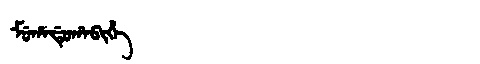
Manchu: ᠮᡠᡥᠠᡩᡠᡥᠠᠪᡳᡥᡝ
Romanization: MUHADUHABIHE